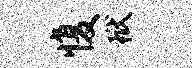
愎狱